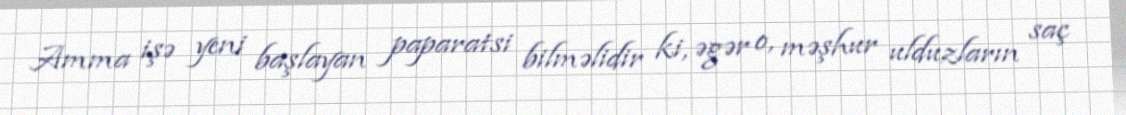
Amma işə yeni başlayan paparatsi bilməlidir ki, əgər o, məşhur ulduzların saç